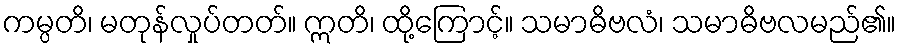
ကမ္ပတိ၊ မတုန်လှုပ်တတ်။ ဣတိ၊ ထို့ကြောင့်။ သမာဓိဗလံ၊ သမာဓိဗလမည်၏။